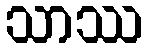
သာဿ